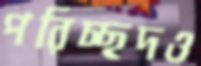
পরিচ্ছদও